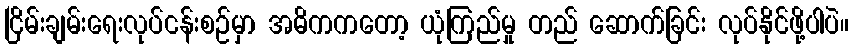
ငြိမ်းချမ်းရေးလုပ်ငန်းစဉ်မှာ အဓိကကတော့ ယုံကြည်မှု တည် ဆောက်ခြင်း လုပ်နိုင်ဖို့ပါပဲ။